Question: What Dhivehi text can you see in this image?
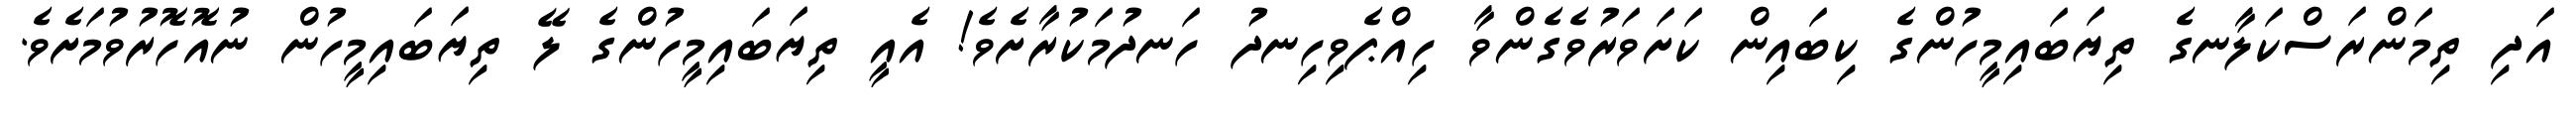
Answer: އަދި ތިމަންރަސްކަލާނގެ ތިޔަބައިމީހުންގެ ކިބައިން ކަށަވަރުވެގެންވާ ހިއްޕެވިހިނދު ހަނދުމަކުރާށެވެ! އެއީ ތިޔަބައިމީހުންގެ ލޭ ތިޔަބައިމީހުން ނުއޮހޮރުވުމަށެވެ.